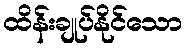
ထိန်းချုပ်နိုင်သော